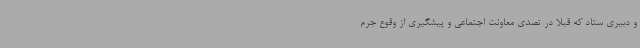
و دبیری ستاد که قبلا در تصدی معاونت اجتماعی و پیشگیری از وقوع جرم